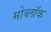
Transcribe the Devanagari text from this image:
मोब्लॉक